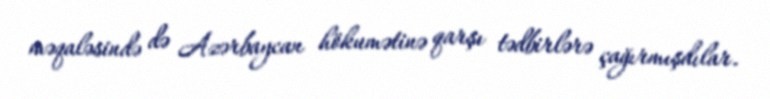
məqaləsində də Azərbaycan hökumətinə qarşı tədbirlərə çağırmışdılar.